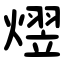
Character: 熤